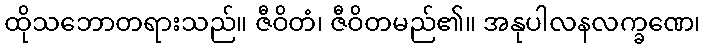
ထိုသဘောတရားသည်။ ဇီဝိတံ၊ ဇီဝိတမည်၏။ အနုပါလနလက္ခဏေ၊